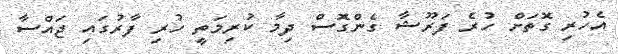
އެހުރި ގޮތަށް ހުރެ ފަރޫޝާ ގެންގޮސް ދިމާ ކުރިމަތީ ހުރި ފާރުގައި ޖައްސާ